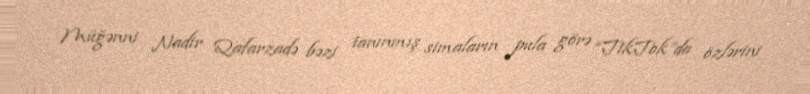
Müğənni Nadir Qafarzadə bəzi tanınmış simaların pula görə “TikTok”da özlərini